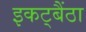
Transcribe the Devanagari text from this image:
इकट्बैंठा